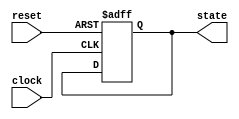
module ResetConditionBlock (
    input wire reset,          // Reset signal
    input wire clock,         // Clock signal for synchronous resets (optional)
    output reg [7:0] state    // State output (example with 8 bits)
);
  
    // Define the reset value for the state
    parameter RESET_VALUE = 8'h00; // Example reset value (could be changed as needed)

    // Synchronous Reset Logic (if clock is defined)
    always @(posedge clock or posedge reset) begin
        if (reset) begin
            state <= RESET_VALUE; // Reset state to defined value
        end
        else begin
            // Normal operation logic can be added here
            // e.g., state <= state + 1; // Example operation
        end
    end

    // For asynchronous reset (if needed)
    // Uncomment the following block for an asynchronous reset
    /*
    always @(posedge clock or negedge reset) begin
        if (!reset) begin
            state <= RESET_VALUE; // Reset state to defined value
        end
        else begin
            // Normal operation logic can be added here
            // e.g., state <= state + 1; // Example operation
        end
    end
    */

endmodule